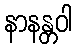
နာနန္တဝါ